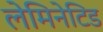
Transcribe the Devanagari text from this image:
लेमिनेटिड